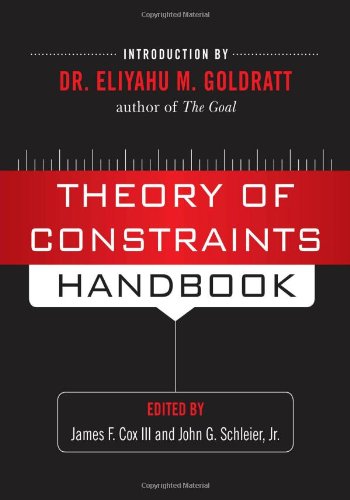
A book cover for Theory of Constraints Handbook; James Cox III; Business & Money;